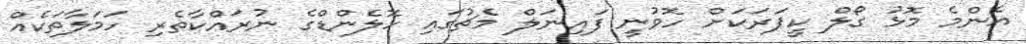
އެންމެ މޮޅު ގޯލް ކީޕަރަކަށް ހޮވުނީ ފައިނަލް މެޗުގައި ހޮލެންޑްގެ ނުރައްކާތެރި ހަމަލާތަކެއް